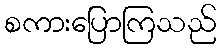
စကားပြောကြသည်